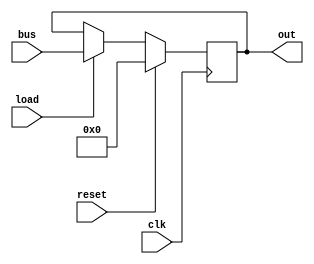
module ir(
    input clk,
    input load,
    input[15:0] bus,
    output[15:0] out,
    input reset
);

initial begin
    register = 16'b0;
end

reg[15:0] register;

always @(negedge clk) begin
    if (reset) begin
        register = 16'b0;
    end else if (load) begin
        register <= bus;
    end
end

assign out = register;

endmodule